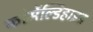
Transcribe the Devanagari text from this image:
फोर्मेल्डिहाइड